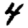
Digit: 4